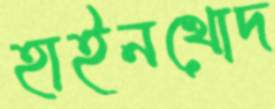
হাইনখোদ